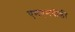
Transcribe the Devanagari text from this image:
एमएमबीडी